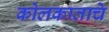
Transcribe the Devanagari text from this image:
कोलकाताचे